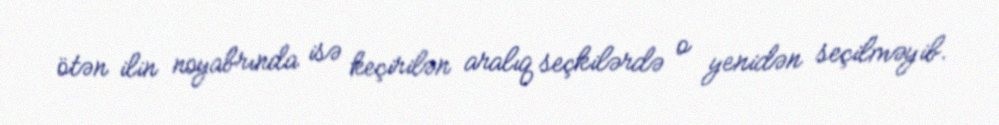
ötən ilin noyabrında isə keçirilən aralıq seçkilərdə o yenidən seçilməyib.